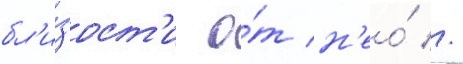
бл'и́зост'и о́т н'ео́ //